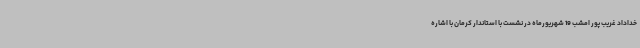
خداداد غریب پور امشب 19 شهریورماه در نشست با استاندار کرمان با اشاره